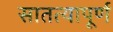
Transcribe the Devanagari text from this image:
सातत्यापूर्ण